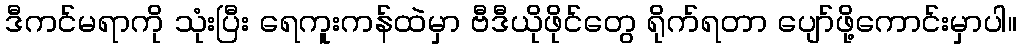
ဒီကင်မရာကို သုံးပြီး ရေကူးကန်ထဲမှာ ဗီဒီယိုဖိုင်တွေ ရိုက်ရတာ ပျော်ဖို့ကောင်းမှာပါ။